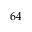
6 4